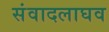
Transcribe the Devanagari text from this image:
संवादलाघव